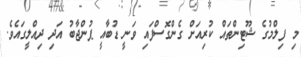
މި ފިލްމުގެ ޝޫޓިންތައް ކުރިއަށް ގެންގޮސްފައި ވަނީ ޑުބާއީ ޕުންޖާބު އަދި ދިއްލީގައެވެ.